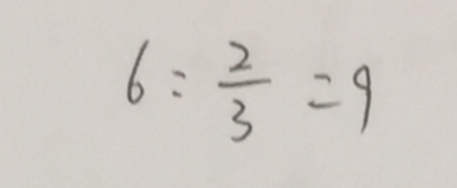
6 : \frac { 2 } { 3 } = 9